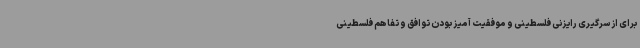
برای ازسرگیری رایزنی فلسطینی و موفقیت آمیز بودن توافق و تفاهم فلسطینی